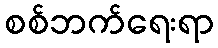
စစ်ဘက်ရေးရာ